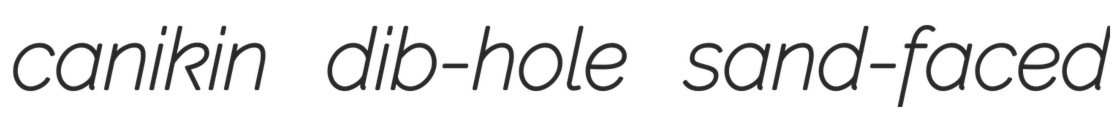
canikin dib-hole sand-faced